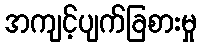
အကျင့်ပျက်ခြစားမှု